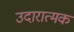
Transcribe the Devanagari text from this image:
उदारात्मक